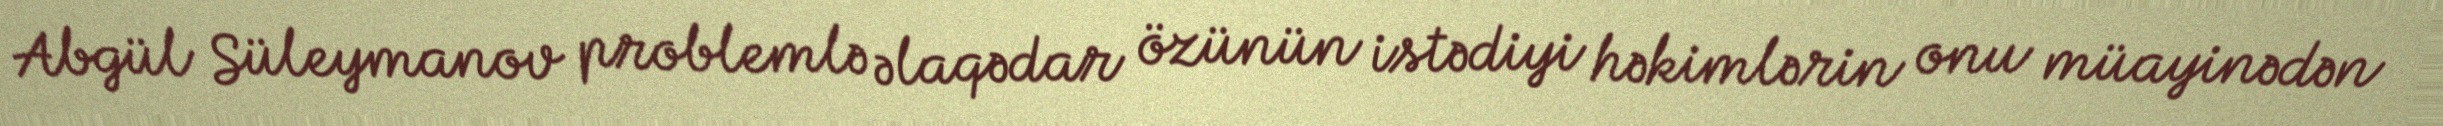
Abgül Süleymanov problemlə əlaqədar özünün istədiyi həkimlərin onu müayinədən